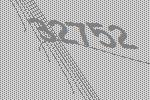
32752